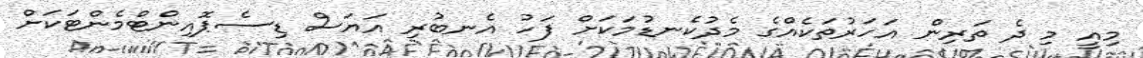
މިއީ މި ދެ ތަރިން އަހަރުތަކެއްގެ މެދުކެނޑުމަކަށް ފަހު އެނބުރި އަޔަސް ޑިސެޕޮއިންޓްމެންޓަކަށް